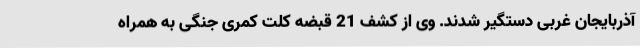
آذربایجان غربی دستگیر شدند. وی از کشف 21 قبضه کلت کمری جنگی به همراه